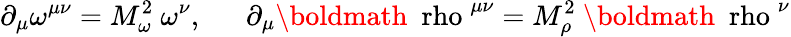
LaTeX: \partial_{\mu}\omega^{\mu\nu}=M_{\omega}^{2}~\omega^{\nu},~~~~~~\partial_{\mu}\mathrm{\boldmath~\ rho~}^{\mu\nu}=M_{\rho}^{2}~\mathrm{\boldmath~\ rho~}^{\nu}